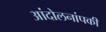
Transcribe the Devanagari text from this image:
आंदोलनांपकी